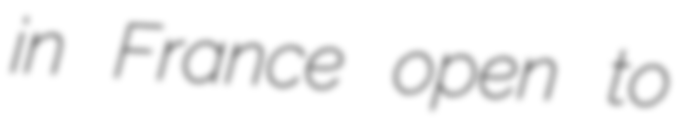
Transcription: in France open to